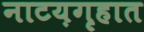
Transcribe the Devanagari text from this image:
नाटय़गृहात